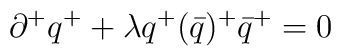
\partial ^{+}q^{+}+\lambda{q^{+}(\bar q)^{+}}{\bar q}^{+}=0